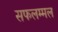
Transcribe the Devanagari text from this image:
सफलम्मल